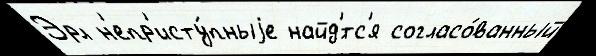
Эрл н'епр'исту́пныjе найд'́тс'я согласо́ванный